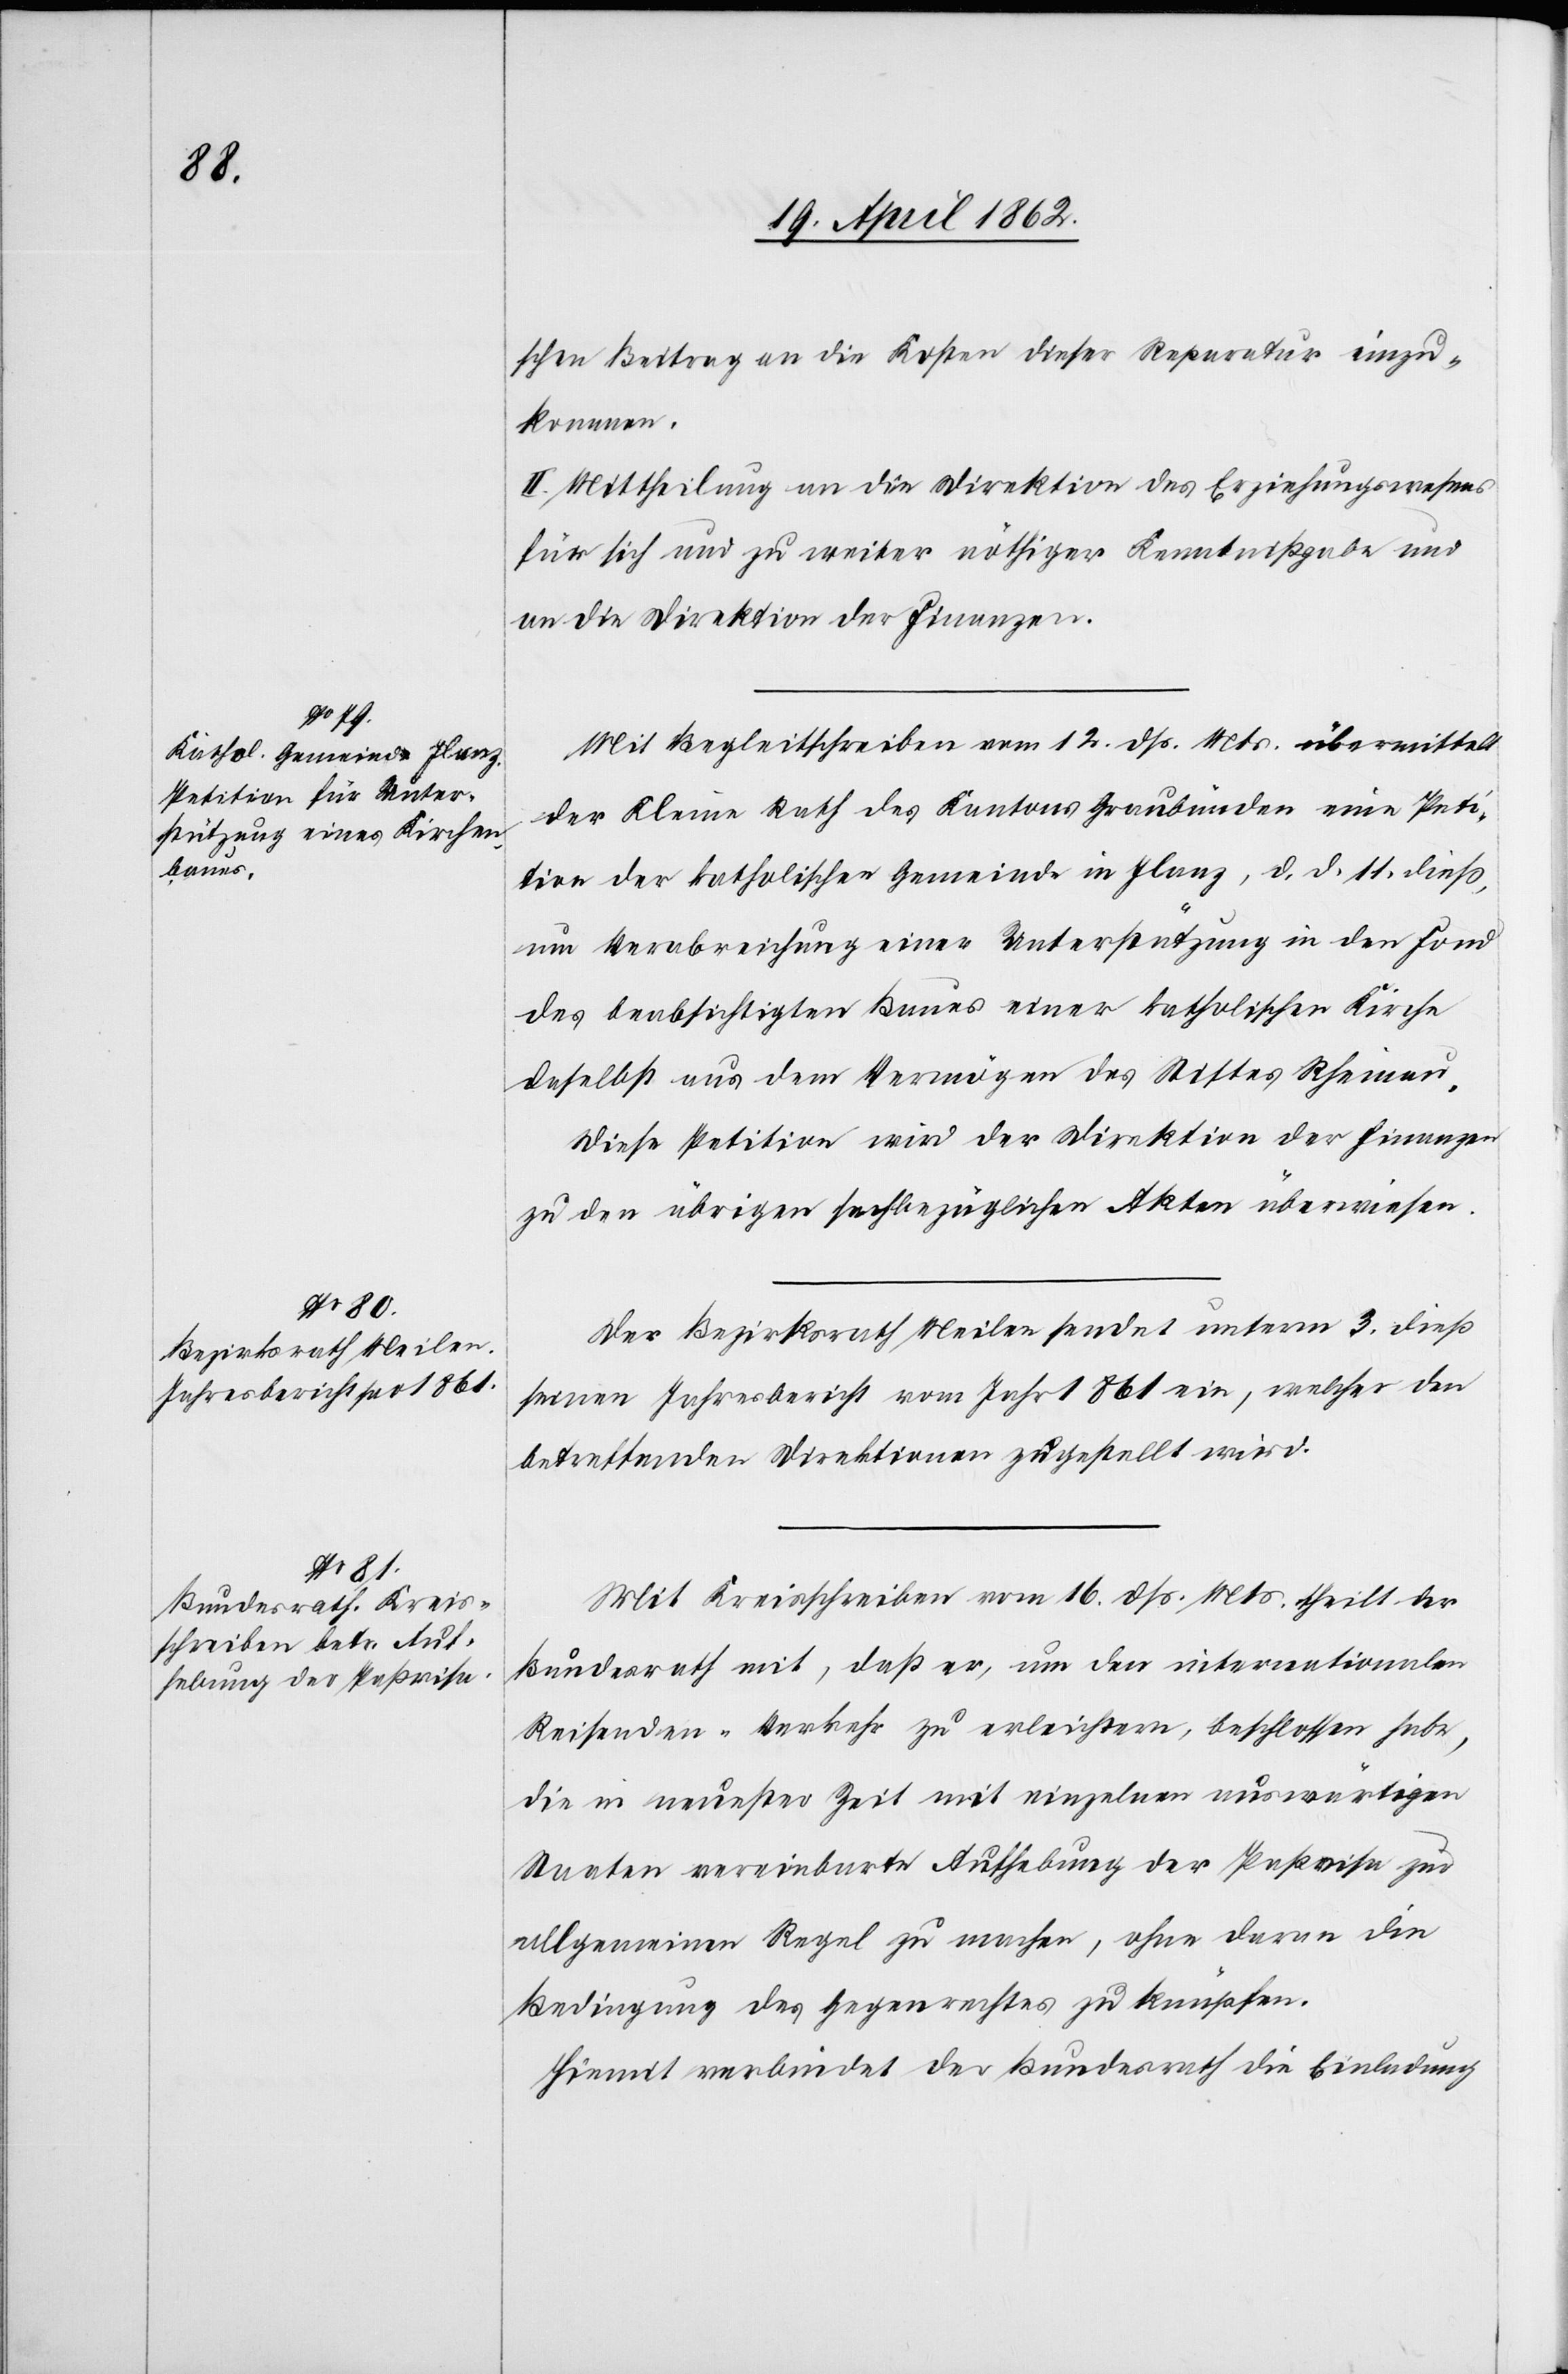
schen Beitrag an die Kosten dieser Reparatur einzu¬
kommen.
II. Mittheilung an die Direktion des Erziehungswesens
für sich und zu weiter nöthiger Kenntnißgabe und
an die Direktion der Finanzen.
Mit Begleitschreiben vom 12. dß. Mts. übermittelt
der Kleine Rath des Kantons Graubünden eine Peti¬
tion der katholischen Gemeinde Ilanz, d. d. 11. dieß,
um Verabreichung einer Unterstützung in den Fond
des beabsichtigten Baues einer katholischen Kirche
daselbst aus dem Vermögen des Stiftes Rheinau.
Diese Petition wird der Direktion der Finanzen
zu den übrigen sachbezüglichen Akten überwiesen.
Der Bezirksrath Meilen sendet unterm 3. dieß
seinen Jahresbericht vom Jahr 1861 ein, welcher den
betreffenden Direktionen zugestellt wird.
Mit Kreisschreiben vom 16. dß. Mts. theilt der
Bundesrath mit, daß er, um den internationalen
Reisenden-Verkehr zu erleichtern, beschlossen habe,
die in neuster Zeit mit einzelnen auswärtigen
Staaten vereinbarte Aufhebung der Paßvisa zur
allgemeinen Regel zu machen, ohne daran die
Bedingung des Gegenrechtes zu knüpfen.
Hiemit verbindet der Bundesrath die Einladung